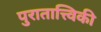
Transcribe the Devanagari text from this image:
पुरातात्त्विकी